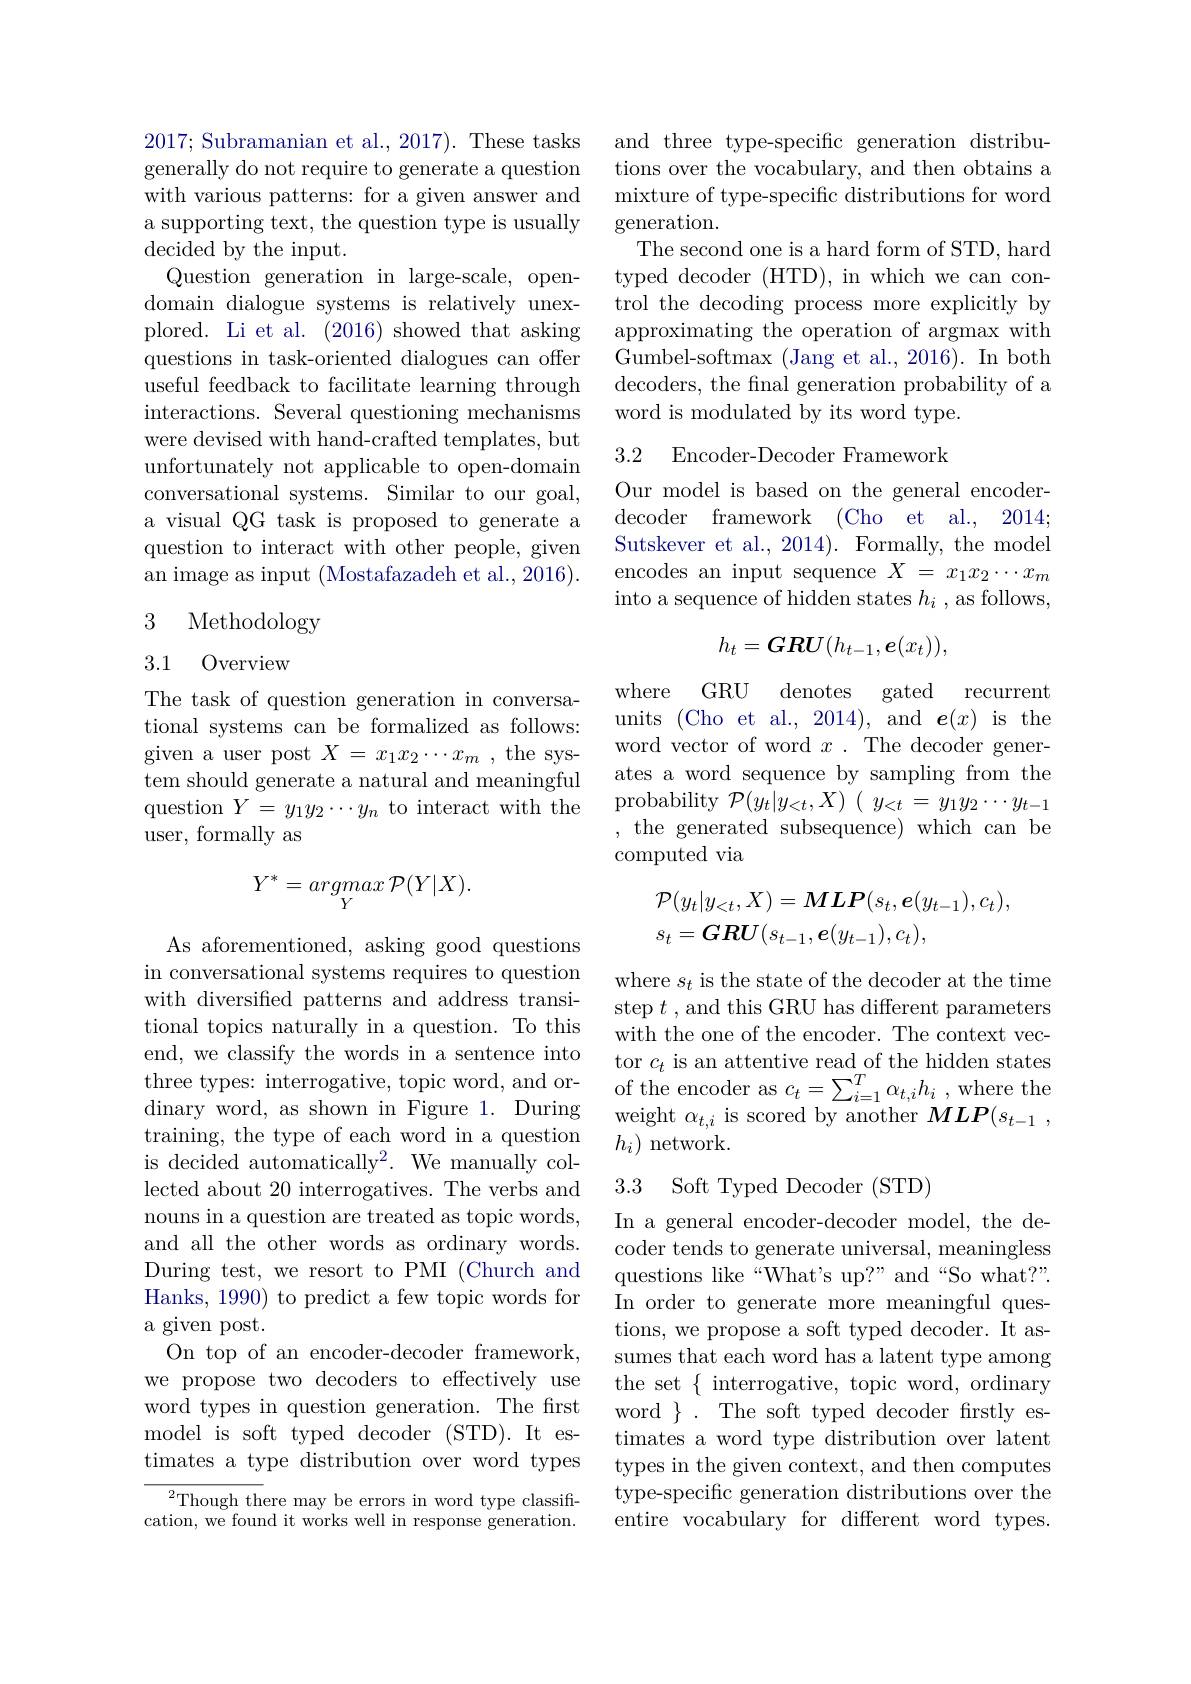
2017; Subramanian et al., 2017). These tasks generally do not require to generate a question with various patterns: for a given answer and a supporting text, the question type is usually decided by the input.
Question generation in large-scale, opendomain dialogue systems is relatively unexplored. Li et al. (2016) showed that asking questions in task-oriented dialogues can offer useful feedback to facilitate learning through interactions. Several questioning mechanisms were devised with hand-crafted templates, but unfortunately not applicable to open-domain conversational systems. Similar to our goal, a visual QG task is proposed to generate a question to interact with other people, given an image as input (Mostafazadeh et al.,2016).

# 3 Methodology

3.1 Overview

The task of question generation in conversational systems can be formalized as follows: given a user post $X=x_1x_2\cdots x_m$ , the system should generate a natural and meaningful question $Y=y_1y_2\cdots y_n$ to interact with the user, formally as
$$Y^{*}=argmax\:\mathcal{P}(Y|X).$$
As aforementioned, asking good questions in conversational systems requires to question with diversified patterns and address transitional topics naturally in a question. To this end, we classify the words in a sentence into training, the type of each word in a question is decided automatically$^2.$ We manually collected about 20 interrogatives. The verbs and nouns in a question are treated as topic words, and all the other words as ordinary words. During test, we resort to PMI (Church and Hanks, 1990) to predict a few topic words for a given post.
On top of an encoder-decoder framework, we propose two decoders to effectively use word types in question generation. The first model is soft typed decoder (STD). It estimates a type distribution over word types

$^{2}$Though there may be errors in word type classification, we found it works well in response generation.

and three type-specific generation distributions over the vocabulary, and then obtains a mixture of type-specific distributions for word generation.
The second one is a hard form of STD, hard typed decoder (HTD), in which we can control the decoding process more explicitly by approximating the operation of argmax with Gumbel-softmax (Jang et al., 2016).In both decoders, the final generation probability of a word is modulated by its word type.

## 3.2 Encoder-Decoder Framework

Our model is based on the general encoderdecoder framework (Cho et al., 2014; Sutskever et al., 2014). Formally, the model encodes an input sequence $X=x_1x_2\cdots x_m$ into a sequence of hidden states $h_i$ , as follows,
$$h_t=\boldsymbol{GRU}(h_{t-1},\boldsymbol{e}(x_t)),$$
where GRU denotes gated recurrent units (Cho et al., 2014), and $\boldsymbol{e}(x)$ is the word vector of word $x.$ The decoder generates a word sequence by sampling from the probability $\mathcal{P} ( y_{t}| y_{< t}, X)$ ( $y_{< t}= y_{1}y_{2}\cdots y_{t- 1}$ , the generated subsequence) which can be computed via
$$\begin{aligned}&\mathcal{P}(y_{t}|y_{<t},X)=\boldsymbol{MLP}(s_{t},\boldsymbol{e}(y_{t-1}),c_{t}),\\&s_{t}=\boldsymbol{GRU}(s_{t-1},\boldsymbol{e}(y_{t-1}),c_{t}),\end{aligned}$$
where $s_t$ is the state of the decoder at the time step $t$ , and this GRU has different parameters with the one of the encoder. The context vec-
end, we classı ty the words in a sentence mtotor $c_{t}$ is an attentive read of the hidden states three types: interrogative, topic word, and or- of the encoder as $c_{t}= \sum _{i= 1}^{T}\alpha _{t, i}h_{i}$ , where the dinary word, as shown in Figure
$h_i)$ network.

## 3.3 Soft Typed Decoder (STD)

In a general encoder-decoder model, the decoder tends to generate universal, meaningless questions like“What's up?” and“So what?”. In order to generate more meaningful questions, we propose a soft typed decoder. It assumes that each word has a latent type among the set $\{$ interrogative, topic word, ordinary word $\}.$ The soft typed decoder frstly estimates a word type distribution over latent types in the given context, and then computes type-specific generation distributions over the entire vocabulary for different word types.